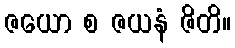
ဇယော စ ဇယနံ ဇိတိ။